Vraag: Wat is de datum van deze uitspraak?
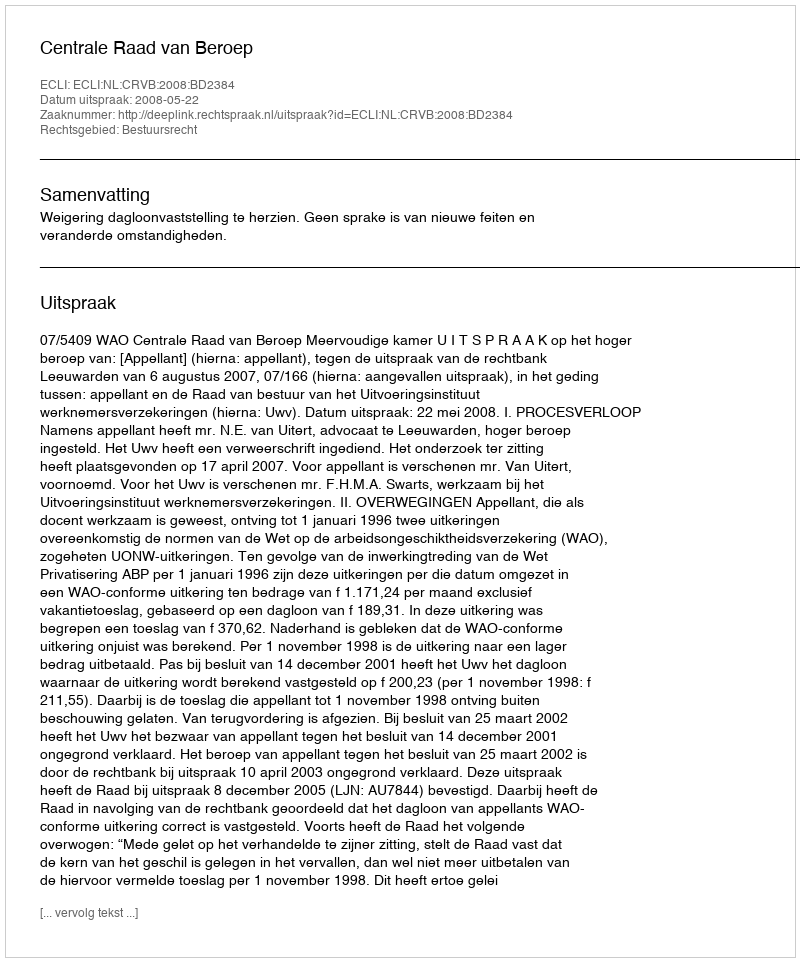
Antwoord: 2008-05-22